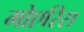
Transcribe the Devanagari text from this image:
मोएरिस